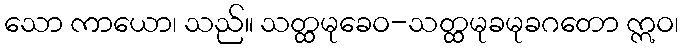
သော ကာယော၊ သည်။ သတ္ထမုခေဝ-သတ္ထမုခမုခဂတော ဣဝ၊